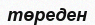
төреден